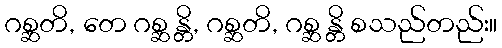
ဂစ္ဆတိ, တေ ဂစ္ဆ န္တိ, ဂစ္ဆတိ, ဂစ္ဆ န္တိ စသည်တည်း။